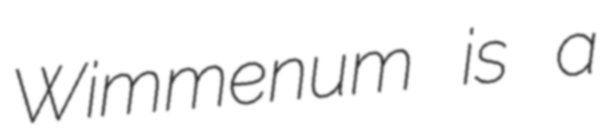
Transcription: Wimmenum is a